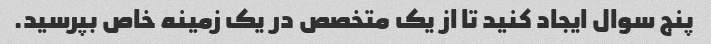
پنج سوال ایجاد کنید تا از یک متخصص در یک زمینه خاص بپرسید.